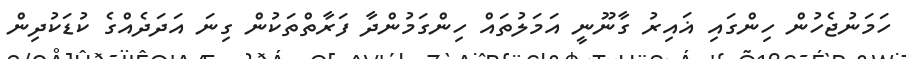
ހަމަނުޖެހުން ހިންގައި ޣައިރު ގާނޫނީ އަމަލުތައް ހިންގަމުންދާ ފަރާތްތަކުން ގިނަ އަދަދެއްގެ ކުޑަކުދިން